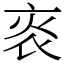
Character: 𤇯